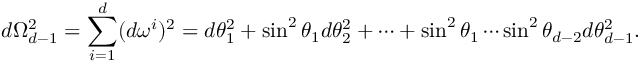
d \Omega _ { d - 1 } ^ { 2 } = \sum _ { i = 1 } ^ { d } ( d \omega ^ { i } ) ^ { 2 } = d \theta _ { 1 } ^ { 2 } + \sin ^ { 2 } \theta _ { 1 } d \theta _ { 2 } ^ { 2 } + \cdots + \sin ^ { 2 } \theta _ { 1 } \cdots \sin ^ { 2 } \theta _ { d - 2 } d \theta _ { d - 1 } ^ { 2 } .